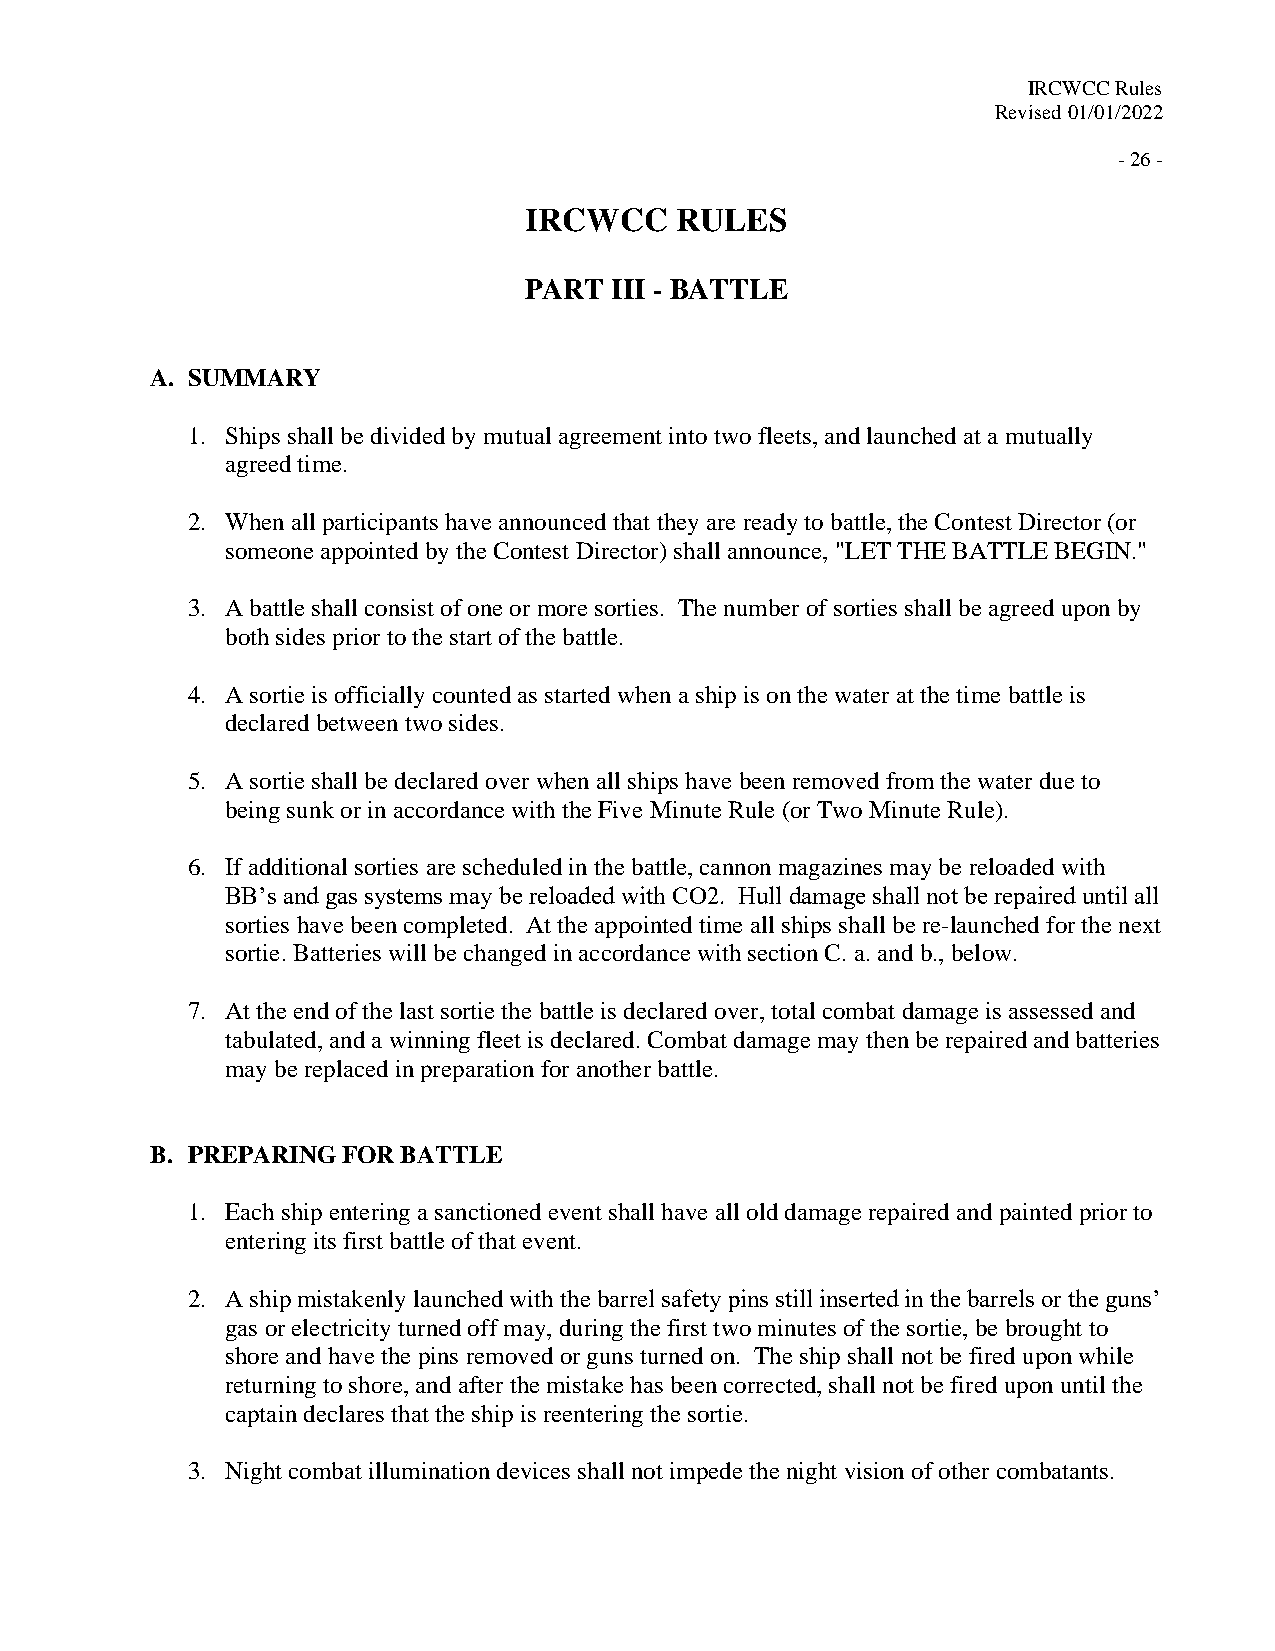
IRCWCC Rules
 Revised 01/01/2022
 - 26 -
 IRCWCC    RULES
 PART III - BATTLE
 A. SUMMARY
 1. Ships shall be divided by mutual agreement into two fleets, and launched at a mutually
 agreed time.
 2. When all participants have announced that they are ready to battle, the Contest Director (or
 someone appointed by the Contest Director) shall announce, "LET THE BATTLE BEGIN."
 3. A battle shall consist of one or more sorties. The number of sorties shall be agreed upon by
 both sides prior to the start of the battle.
 4. A sortie is officially counted as started when a ship is on the water at the time battle is
 declared between two sides.
 5. A sortie shall be declared over when all ships have been removed from the water due to
 being sunk or in accordance with the Five Minute Rule (or Two Minute Rule).
 6. If additional sorties are scheduled in the battle, cannon magazines may be reloaded with
 BB’s and gas systems may be reloaded with CO2. Hull damage shall not be repaired until all
 sorties have been completed. At the appointed time all ships shall be re-launched for the next
 sortie. Batteries will be changed in accordance with section C. a. and b., below.
 7. At the end of the last sortie the battle is declared over, total combat damage is assessed and
 tabulated, and a winning fleet is declared. Combat damage may then be repaired and batteries
 may be replaced in preparation for another battle.
 B. PREPARING FOR BATTLE
 1. Each ship entering a sanctioned event shall have all old damage repaired and painted prior to
 entering its first battle of that event.
 2. A ship mistakenly launched with the barrel safety pins still inserted in the barrels or the guns’
 gas or electricity turned off may, during the first two minutes of the sortie, be brought to
 shore and have the pins removed or guns turned on. The ship shall not be fired upon while
 returning to shore, and after the mistake has been corrected, shall not be fired upon until the
 captain declares that the ship is reentering the sortie.
 3. Night combat illumination devices shall not impede the night vision of other combatants.